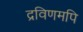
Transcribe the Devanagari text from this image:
द्रविणमपि